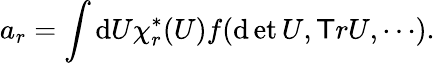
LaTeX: a_{r}=\int\mathrm{d}U\chi_{r}^{*}(U)f(\operatorname*{\mathrm{d}et}U,\mathsf{T}rU,\cdots).